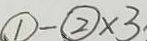
\textcircled { 1 } - \textcircled { 2 } \times 3